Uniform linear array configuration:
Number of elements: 8
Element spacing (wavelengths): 0.25
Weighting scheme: hann
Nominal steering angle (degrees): -45
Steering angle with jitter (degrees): -44.014
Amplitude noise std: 0.05
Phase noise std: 0.05

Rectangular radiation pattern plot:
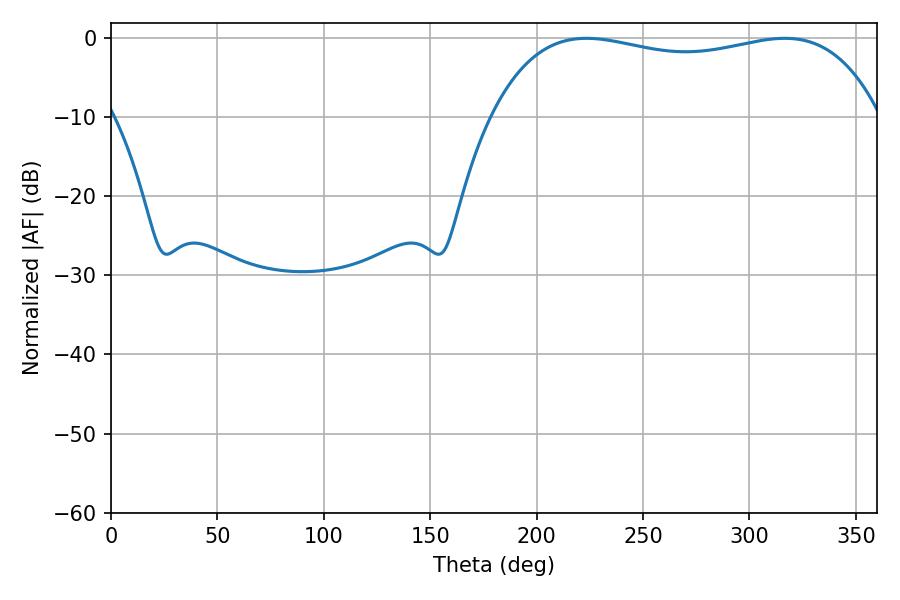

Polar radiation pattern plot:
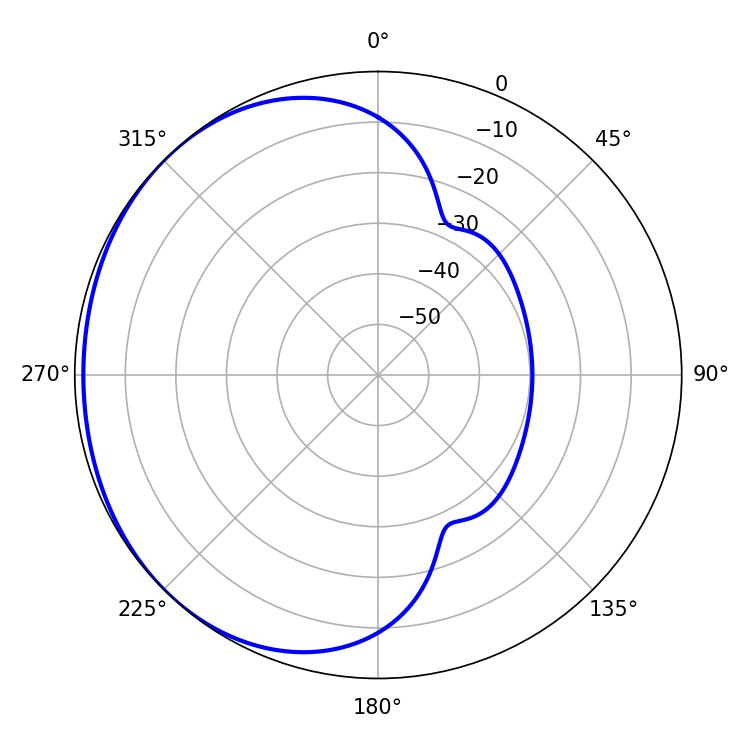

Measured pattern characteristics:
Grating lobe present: FALSE
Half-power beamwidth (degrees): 147.96
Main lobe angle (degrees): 316.62